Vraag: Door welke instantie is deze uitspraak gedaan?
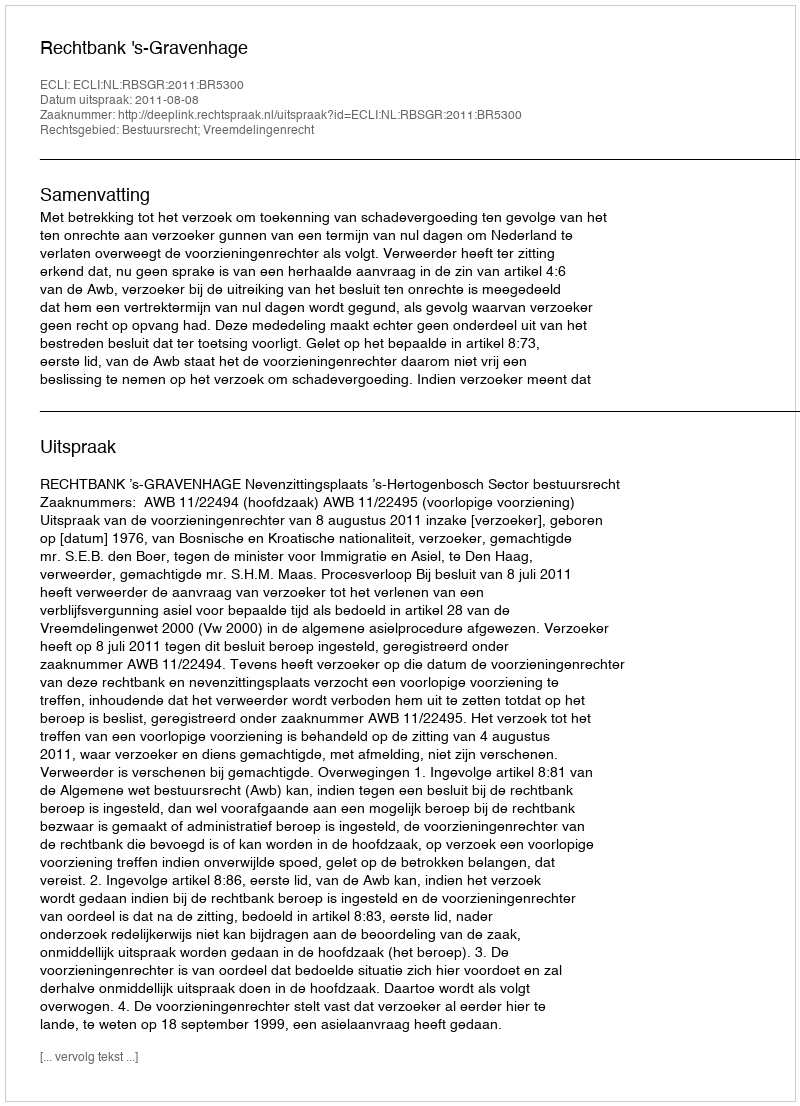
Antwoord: Rechtbank 's-Gravenhage